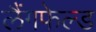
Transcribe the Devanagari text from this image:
लैंगफेल्ड